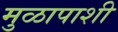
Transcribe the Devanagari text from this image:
मुळापाशी